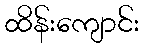
ထိန်းကျောင်း